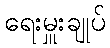
ရေးမှူးချုပ်